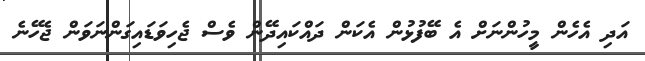
އަދި އެހެން މީހުންނަށް އެ ބޭފުޅުން އެކަން ދައްކައިދޭން ވެސް ޖެހިވަޑައިގަންނަވަން ޖެހޭނެ